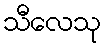
သီလေသု